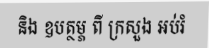
និង ឧបត្ថម្ភ ពី ក្រសួង អប់រំ